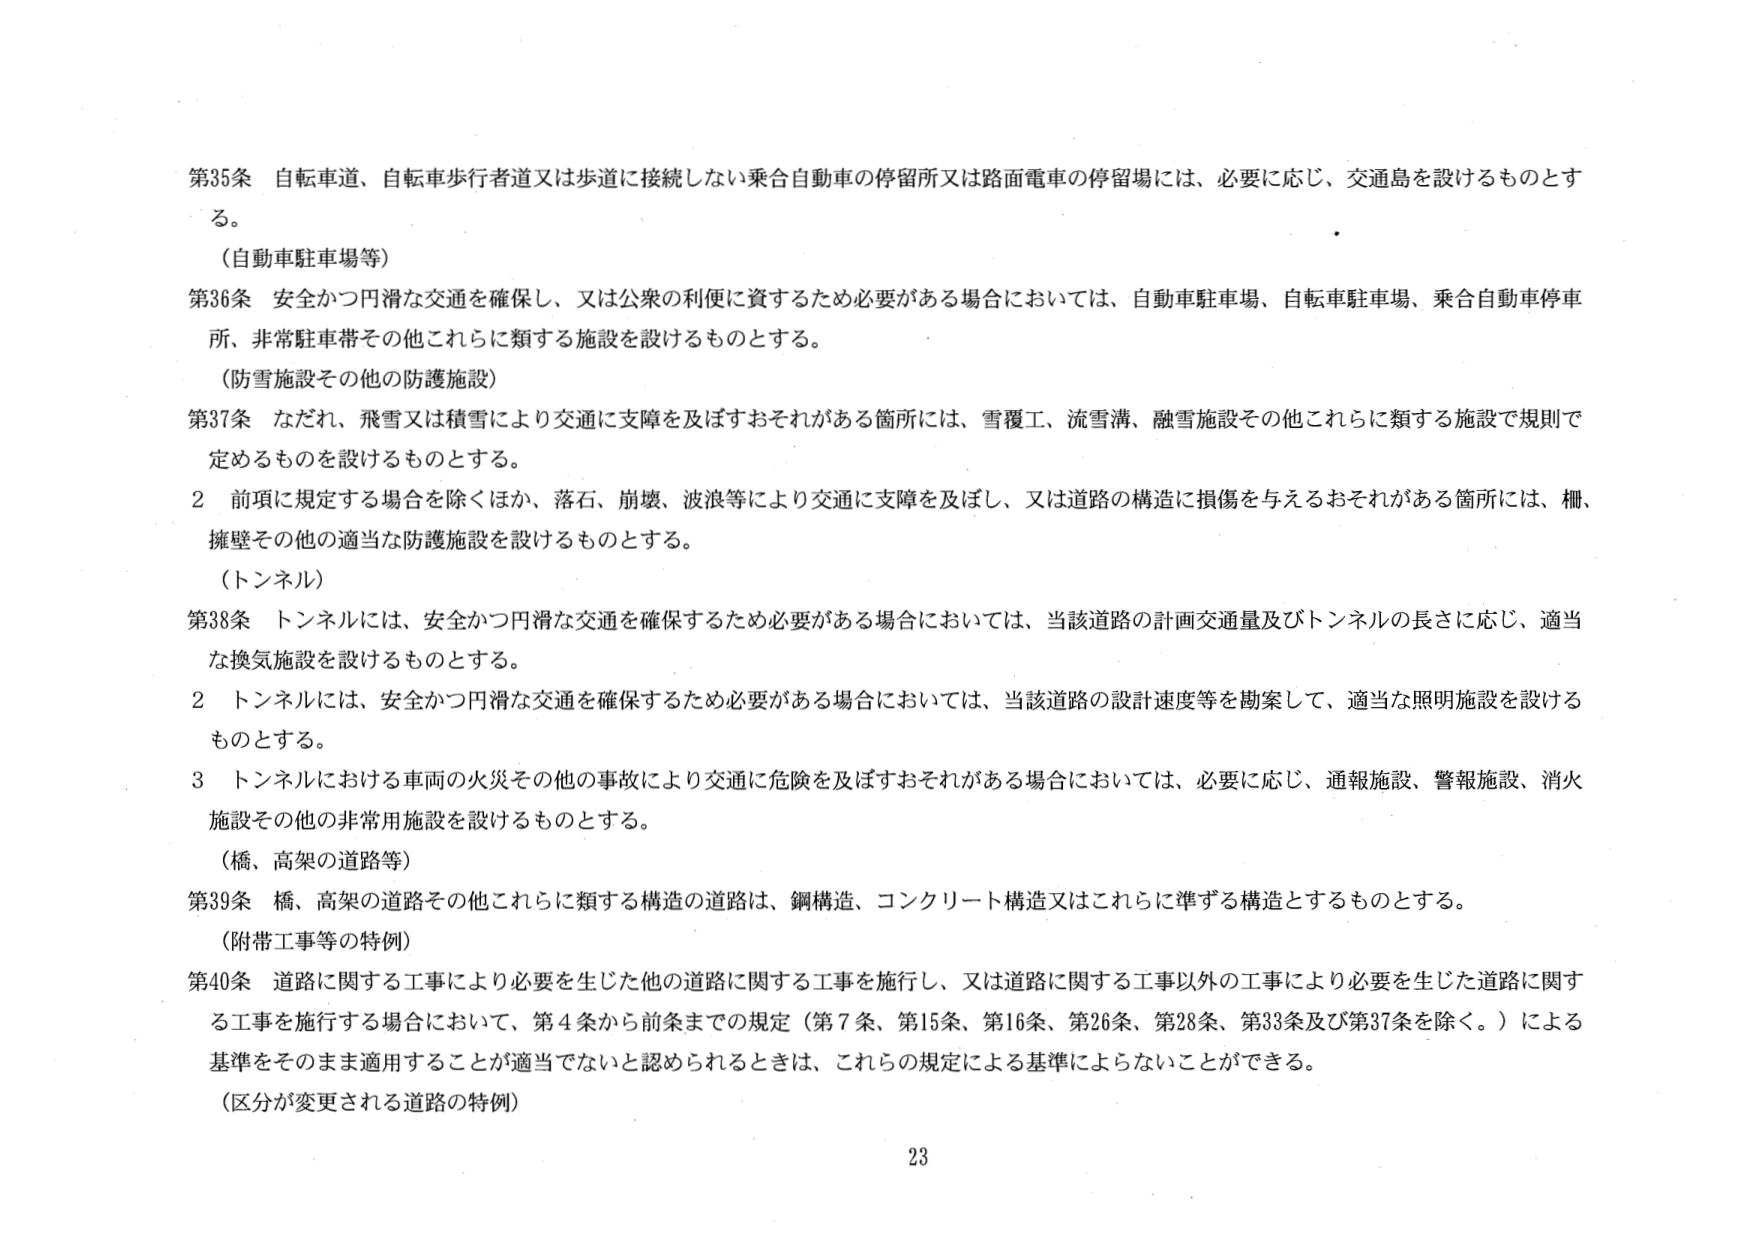
第35条 自転車道、自転車歩行者道又は歩道に接続しない乗合自動車の停留所又は路面電車の停留場には、必要に応じ、交通島を設けるものとする。

（自動車駐車場等）

第36条 安全かつ円滑な交通を確保し、又は公衆の利便に資するため必要がある場合においては、自動車駐車場、自転車駐車場、乗合自動車停車所、非常駐車帯その他これらに類する施設を設けるものとする。

（防雪施設その他の防護施設）

第37条 なだれ、飛雪又は積雪により交通に支障を及ぼすおそれがある箇所には、雪覆工、流雪溝、融雪施設その他これらに類する施設で規則で定めるものを設けるものとする。

2 前項に規定する場合を除くほか、落石、崩壊、波浪等により交通に支障を及ぼし、又は道路の構造に損傷を与えるおそれがある箇所には、柵、擁壁その他の適当な防護施設を設けるものとする。

（トンネル）

第38条 トンネルには、安全かつ円滑な交通を確保するため必要がある場合においては、当該道路の計画交通量及びトンネルの長さに応じ、適当な換気施設を設けるものとする。

2 トンネルには、安全かつ円滑な交通を確保するため必要がある場合においては、当該道路の設計速度等を勘案して、適当な照明施設を設けるものとする。

3 トンネルにおける車両の火災その他の事故により交通に危険を及ぼすおそれがある場合においては、必要に応じ、通報施設、警報施設、消火施設その他の非常用施設を設けるものとする。

（橋、高架の道路等）

第39条 橋、高架の道路その他これらに類する構造の道路は、鋼構造、コンクリート構造又はこれらに準ずる構造とするものとする。

（附帯工事等の特例）

第40条 道路に関する工事により必要を生じた他の道路に関する工事を施行し、又は道路に関する工事以外の工事により必要を生じた道路に関する工事を施行する場合において、第4条から前条までの規定（第7条、第15条、第16条、第26条、第28条、第33条及び第37条を除く。）による基準をそのまま適用することが適当でないと認められるときは、これらの規定による基準によらないことができる。

（区分が変更される道路の特例）

23